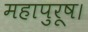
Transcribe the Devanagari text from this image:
महापुरूष।